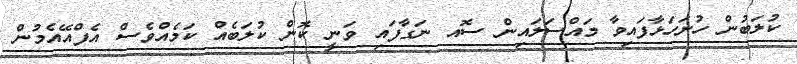
ކުލަބުން ހުށަހަޅާފައިވާ މައްސަލައިން ސޮއ ނަގާފައި ވަނީ ކޮން ކުލަބެއް ކަމެއްވެސް އެފްއޭއެމުން